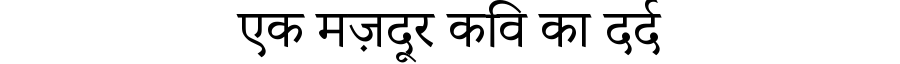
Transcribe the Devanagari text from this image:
एक मज़दूर कवि का दर्द